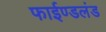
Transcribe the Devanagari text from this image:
फाईण्डलंड